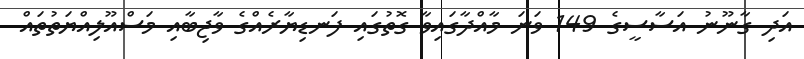
އަދި ގާނޫނު އަސާސީގެ 149 ވަނަ މާއްދާގައިވާ ގޮތުގައި ފަނޑިޔާރެއްގެ ވާޖިބާއި މަސްއޫލިއްޔަތުތައް